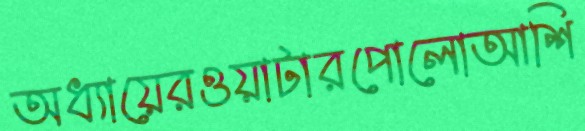
অধ্যায়েরওয়াটারপোলোআশি